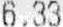
6.33